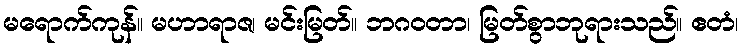
မရောက်ကုန်။ မဟာရာဇ၊ မင်းမြတ်။ ဘဂဝတာ၊ မြတ်စွာဘုရားသည်။ ဧတံ၊